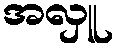
အလှူ